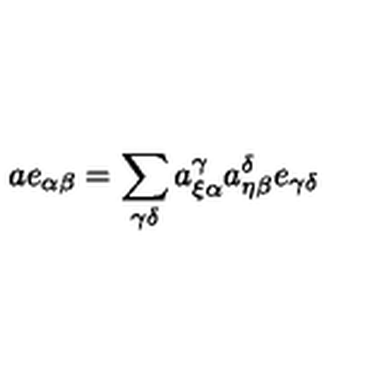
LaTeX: a e _ { \alpha \beta } = \sum _ { \gamma \delta } a _ { \xi \alpha } ^ { \gamma } a _ { \eta \beta } ^ { \delta } e _ { \gamma \delta }